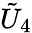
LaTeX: \tilde{U}_{4}